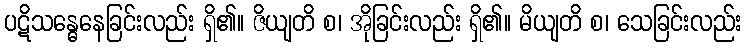
ပဋိသန္ဓေနေခြင်းလည်း ရှိ၏။ ဇိယျတိ စ၊ အိုခြင်းလည်း ရှိ၏။ မိယျတိ စ၊ သေခြင်းလည်း